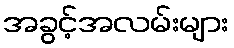
အခွင့်အလမ်းများ